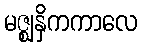
မဇ္ဈနှိကကာလေ